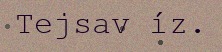
Tejsav íz.